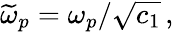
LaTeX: \widetilde{\omega}_{p}=\omega_{p}/\sqrt{c_{1}}\, ,